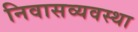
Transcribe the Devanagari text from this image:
निवासव्यवस्था